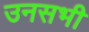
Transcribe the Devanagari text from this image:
उनसभी